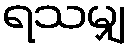
ရသမျှ